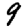
Digit: 9